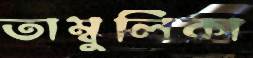
তাম্বুলিকা